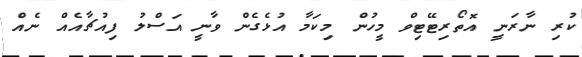
ކުރި ނާރަނީ އޮތޯރިޓޭޓިވް މީހުން މިކަމާ އުޅެގެން ވާނީ އަސްލު ފިއުޗާއެއް ނެއް